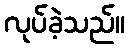
လုပ်ခဲ့သည်။